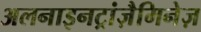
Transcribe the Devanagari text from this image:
अलनाइनट्रांज़ैमिनेज़